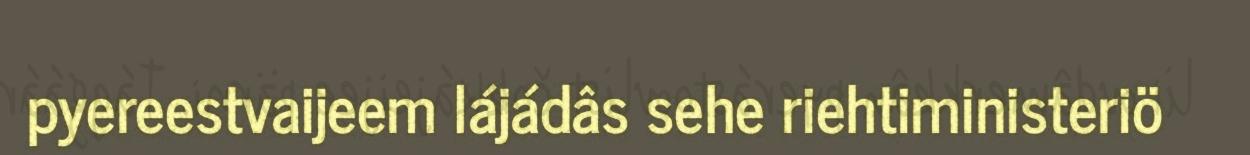
pyereestvaijeem lájádâs sehe riehtiministeriö